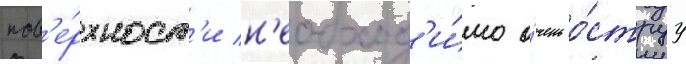
пов'е́рхност'и н'еобход'и́мо о́чень о́струу